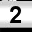
Digit: 2